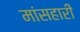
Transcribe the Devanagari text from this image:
मांसहारी